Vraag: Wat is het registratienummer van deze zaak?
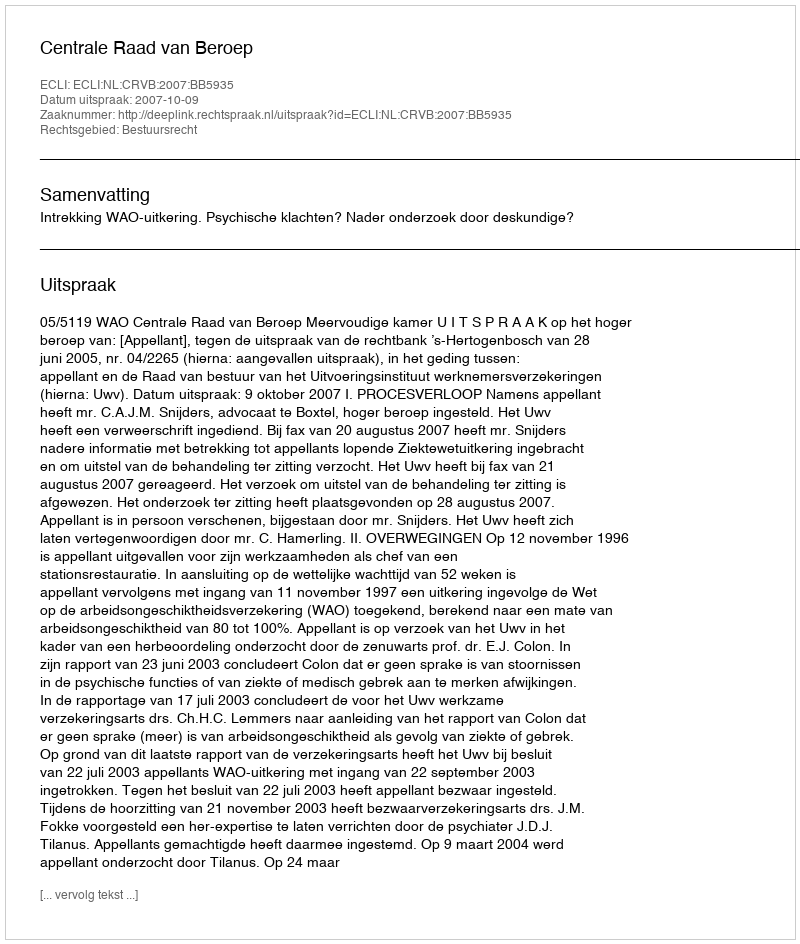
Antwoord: http://deeplink.rechtspraak.nl/uitspraak?id=ECLI:NL:CRVB:2007:BB5935